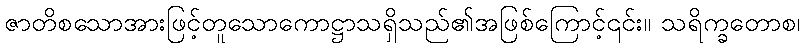
ဇာတိစသောအားဖြင့်တူသောကောဋ္ဌာသရှိသည်၏အဖြစ်ကြောင့်၎င်း။ သရိက္ခတောစ၊